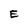
Character: E